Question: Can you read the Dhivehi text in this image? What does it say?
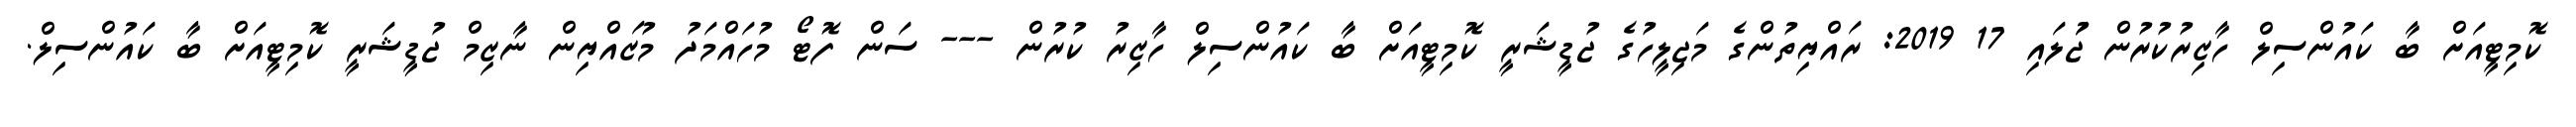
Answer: ކޮމިޓީއަށް ބާ ކައުންސިލް ހާޒިރުކުރުން ޖުަލައި 17 2019: ރައްޔިތުންގެ މަޖިލީހުގެ ޖުޑީޝަރީ ކޮމިޓީއަށް ބާ ކައުންސިލް ހާޒިރު ކުރުން --- ސަން ފޮޓޯ މުހައްމަދު މުޒައްޔިން ނާޒިމް ޖުޑީޝަރީ ކޮމިޓީއަށް ބާ ކައުންސިލް.